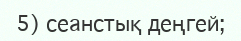
5) сеанстық деңгей;